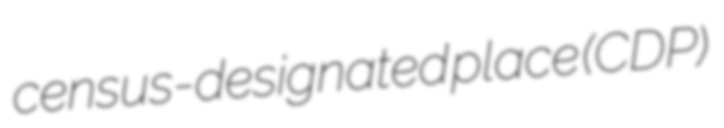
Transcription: census-designated place (CDP)